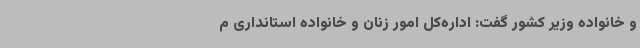
و خانواده وزیر کشور گفت: اداره‌کل امور زنان و خانواده استانداری م